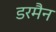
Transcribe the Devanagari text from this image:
डरमैन